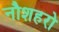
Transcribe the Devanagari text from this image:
नौशहरो